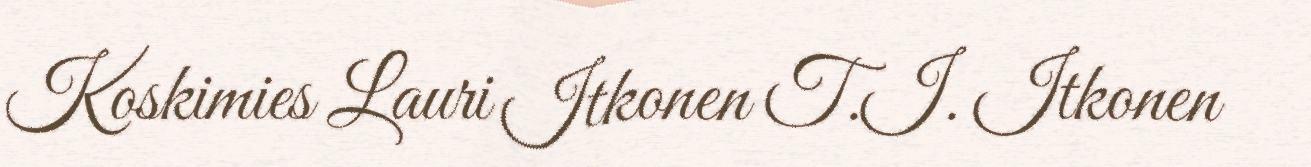
Koskimies Lauri Itkonen T.I. Itkonen